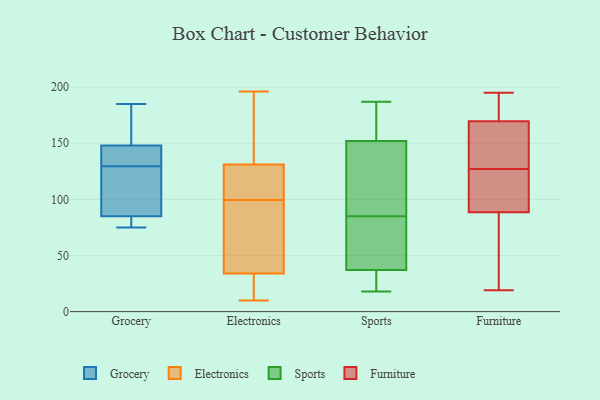
{"axis": {"x": "Active Users", "y": "Value"}, "legend": ["Electronics", "Furniture", "Grocery", "Sports"], "data": [{"x": "", "y": 85, "type": "Grocery"}, {"x": "", "y": 113, "type": "Grocery"}, {"x": "", "y": 80, "type": "Grocery"}, {"x": "", "y": 75, "type": "Grocery"}, {"x": "", "y": 142, "type": "Grocery"}, {"x": "", "y": 148, "type": "Grocery"}, {"x": "", "y": 140, "type": "Grocery"}, {"x": "", "y": 159, "type": "Grocery"}, {"x": "", "y": 185, "type": "Grocery"}, {"x": "", "y": 119, "type": "Grocery"}, {"x": "", "y": 101, "type": "Electronics"}, {"x": "", "y": 188, "type": "Electronics"}, {"x": "", "y": 15, "type": "Electronics"}, {"x": "", "y": 51, "type": "Electronics"}, {"x": "", "y": 105, "type": "Electronics"}, {"x": "", "y": 53, "type": "Electronics"}, {"x": "", "y": 10, "type": "Electronics"}, {"x": "", "y": 14, "type": "Electronics"}, {"x": "", "y": 133, "type": "Electronics"}, {"x": "", "y": 113, "type": "Electronics"}, {"x": "", "y": 162, "type": "Electronics"}, {"x": "", "y": 82, "type": "Electronics"}, {"x": "", "y": 98, "type": "Electronics"}, {"x": "", "y": 34, "type": "Electronics"}, {"x": "", "y": 131, "type": "Electronics"}, {"x": "", "y": 117, "type": "Electronics"}, {"x": "", "y": 196, "type": "Electronics"}, {"x": "", "y": 29, "type": "Electronics"}, {"x": "", "y": 37, "type": "Sports"}, {"x": "", "y": 84, "type": "Sports"}, {"x": "", "y": 112, "type": "Sports"}, {"x": "", "y": 121, "type": "Sports"}, {"x": "", "y": 65, "type": "Sports"}, {"x": "", "y": 85, "type": "Sports"}, {"x": "", "y": 172, "type": "Sports"}, {"x": "", "y": 25, "type": "Sports"}, {"x": "", "y": 152, "type": "Sports"}, {"x": "", "y": 163, "type": "Sports"}, {"x": "", "y": 24, "type": "Sports"}, {"x": "", "y": 171, "type": "Sports"}, {"x": "", "y": 143, "type": "Sports"}, {"x": "", "y": 18, "type": "Sports"}, {"x": "", "y": 187, "type": "Sports"}, {"x": "", "y": 72, "type": "Sports"}, {"x": "", "y": 21, "type": "Sports"}, {"x": "", "y": 85, "type": "Sports"}, {"x": "", "y": 195, "type": "Furniture"}, {"x": "", "y": 181, "type": "Furniture"}, {"x": "", "y": 117, "type": "Furniture"}, {"x": "", "y": 19, "type": "Furniture"}, {"x": "", "y": 186, "type": "Furniture"}, {"x": "", "y": 127, "type": "Furniture"}, {"x": "", "y": 73, "type": "Furniture"}, {"x": "", "y": 123, "type": "Furniture"}, {"x": "", "y": 82, "type": "Furniture"}, {"x": "", "y": 130, "type": "Furniture"}, {"x": "", "y": 152, "type": "Furniture"}, {"x": "", "y": 142, "type": "Furniture"}, {"x": "", "y": 119, "type": "Furniture"}, {"x": "", "y": 162, "type": "Furniture"}, {"x": "", "y": 179, "type": "Furniture"}, {"x": "", "y": 172, "type": "Furniture"}, {"x": "", "y": 83, "type": "Furniture"}, {"x": "", "y": 46, "type": "Furniture"}, {"x": "", "y": 105, "type": "Furniture"}]}